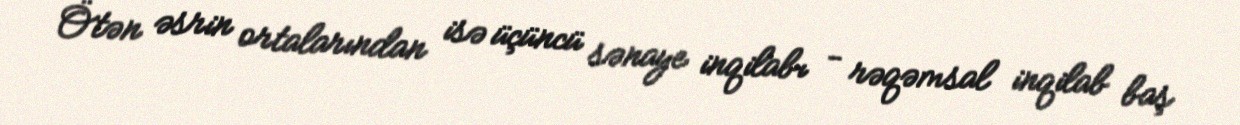
Ötən əsrin ortalarından isə üçüncü sənaye inqilabı - rəqəmsal inqilab baş